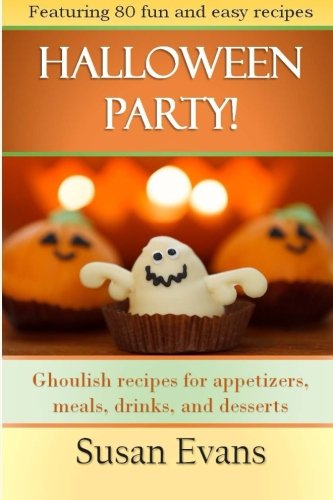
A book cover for Halloween Party!: Ghoulish recipes for appetizers, meals, drinks, and desserts; Susan Evans; Cookbooks, Food & Wine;